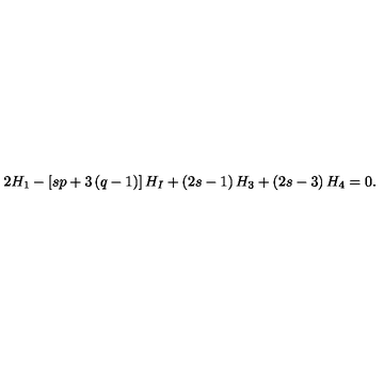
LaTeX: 2 H _ { 1 } - \left[ s p + 3 \left( q - 1 \right) \right] H _ { I } + \left( 2 s - 1 \right) H _ { 3 } + \left( 2 s - 3 \right) H _ { 4 } = 0 .